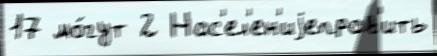
17 мо́гут 2 Нас'ел'ен'иjеправ'ить